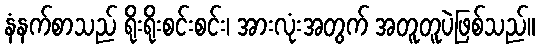
နံနက်စာသည် ရိုးရိုးစင်းစင်း၊ အားလုံးအတွက် အတူတူပဲဖြစ်သည်။